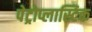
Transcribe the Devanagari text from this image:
पेट्रोप्लास्टिक